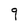
Character: 9